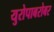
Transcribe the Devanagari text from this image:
युरोपाबरोबर